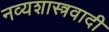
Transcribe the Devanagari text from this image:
नव्यशास्त्रवादी